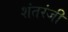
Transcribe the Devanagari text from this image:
शंतरंजी